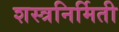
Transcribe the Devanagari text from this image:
शस्त्रनिर्मिती